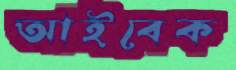
আইবেক